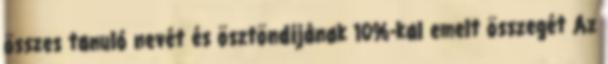
összes tanuló nevét és ösztöndíjának 10%-kal emelt összegét Az